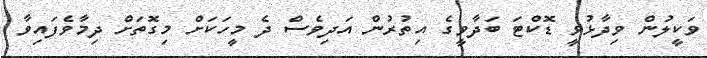
ވަކީލުން ވިދާޅުވީ ޑޮކްޓަ ބަދާވީގެ އިތުރުން އަދިވެސް ދެ މީހަކަށް މިގޮތަށް ދިމާވެފައިވާ